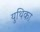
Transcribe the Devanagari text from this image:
युथिका